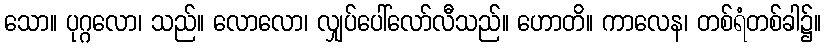
သော။ ပုဂ္ဂလော၊ သည်။ လောလော၊ လျှပ်ပေါ်လော်လီသည်။ ဟောတိ။ ကာလေန၊ တစ်ရံတစ်ခါ၌။